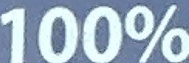
100%